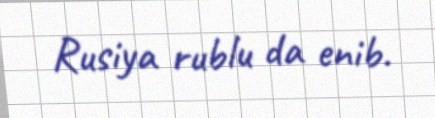
Rusiya rublu da enib.